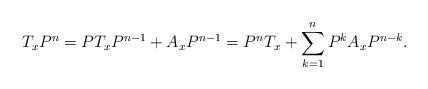
LaTeX: \begin{align*}T_xP^n = PT_x P^{n-1} + A_xP^{n-1} = P^nT_x + \sum_{k=1}^{n}P^kA_xP^{n- k}.\end{align*}